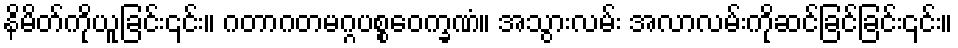
နိမိတ်ကိုယူခြင်း၎င်း။ ဂတာဂတမဂ္ဂပစ္စဝေက္ခဏံ။ အသွားလမ်း အလာလမ်းကိုဆင်ခြင်ခြင်း၎င်း။